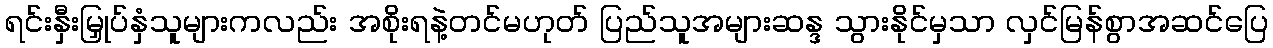
ရင်းနှီးမြှုပ်နှံသူများကလည်း အစိုးရနဲ့တင်မဟုတ် ပြည်သူအများဆန္ဒ သွားနိုင်မှသာ လှင်မြန်စွာအဆင်ပြေ